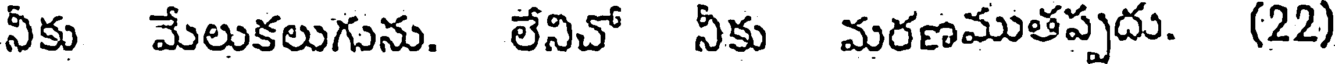
నీకు మేలుకలుగును. లేనిచో నీకు మరణముతప్పదు. (22)